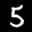
Label: 5